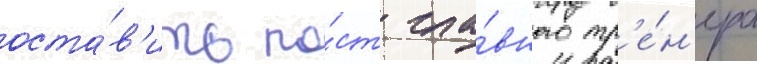
оста́в'ить по́ст гла́вного тр'е́н'ера